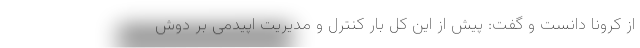
از کرونا دانست و گفت: پیش از این کل بار کنترل و مدیریت اپیدمی بر دوش